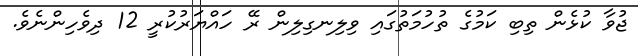
ޖުވާ ކުޅެން ތިބި ކަމުގެ ތުހުމަތުގައި ވިލިނގިލިން ރޭ ހައްޔަރުކުރީ 12 ދިވެހިންނެވެ.